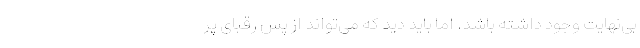
بی‌نهایت وجود داشته باشد. اما باید دید که می‌تواند از پس رقبای پر